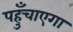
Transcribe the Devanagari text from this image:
पहुँचाएगा